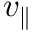
v _ { \parallel }